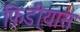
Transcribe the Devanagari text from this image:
फ़िडी्यास